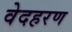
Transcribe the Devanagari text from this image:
वेदहरण